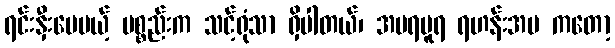
ရင်းနှီးပေမယ့် ပစ္စည်းက သင့်ရုံသာ ရှိပါတယ်၊ အမရပူရ ရဟန်းအမ ကတော့